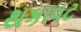
થકાવટ